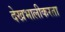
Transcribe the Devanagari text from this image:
देखभालीकरता